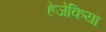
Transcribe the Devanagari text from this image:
हेजेकिया